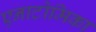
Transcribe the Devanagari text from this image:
एनाटोमिका